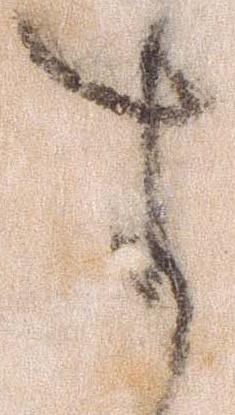
す